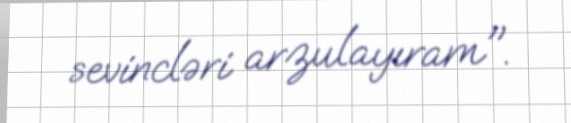
sevincləri arzulayıram".